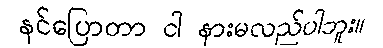
နင်ပြောတာ ငါ နားမလည်ပါဘူး။